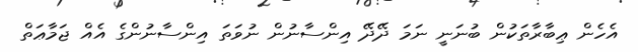
އެހެން ޢިބާރާތަކުން ބުނަނީ ނަމަ ދޭދޭ އިންސާނުން ނުވަތަ އިންސާނުންގެ އެއް ޖަމާޢަތް